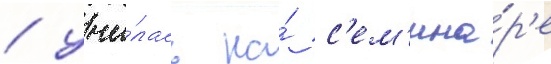
/ учи́лась на́ с'ем'ина́р'е